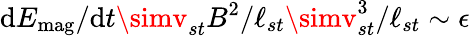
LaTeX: \mathrm{d}E_{\mathrm{{mag}}}/\mathrm{d}t\simv_{st}B^{2}/\ell_{st}\simv_{st}^{3}/\ell_{st}\sim\epsilon